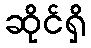
ဆိုင်ရှိ